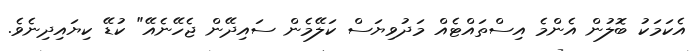
އެކަމަކު ބޮލުން އެންމެ އިސްތައްޓެއް މަދުވިޔަސް ކަލޭމެން ސައިދޭން ޖެހޭނެއޭ" ކުޑޭ ކިޔައިދިނެވެ.